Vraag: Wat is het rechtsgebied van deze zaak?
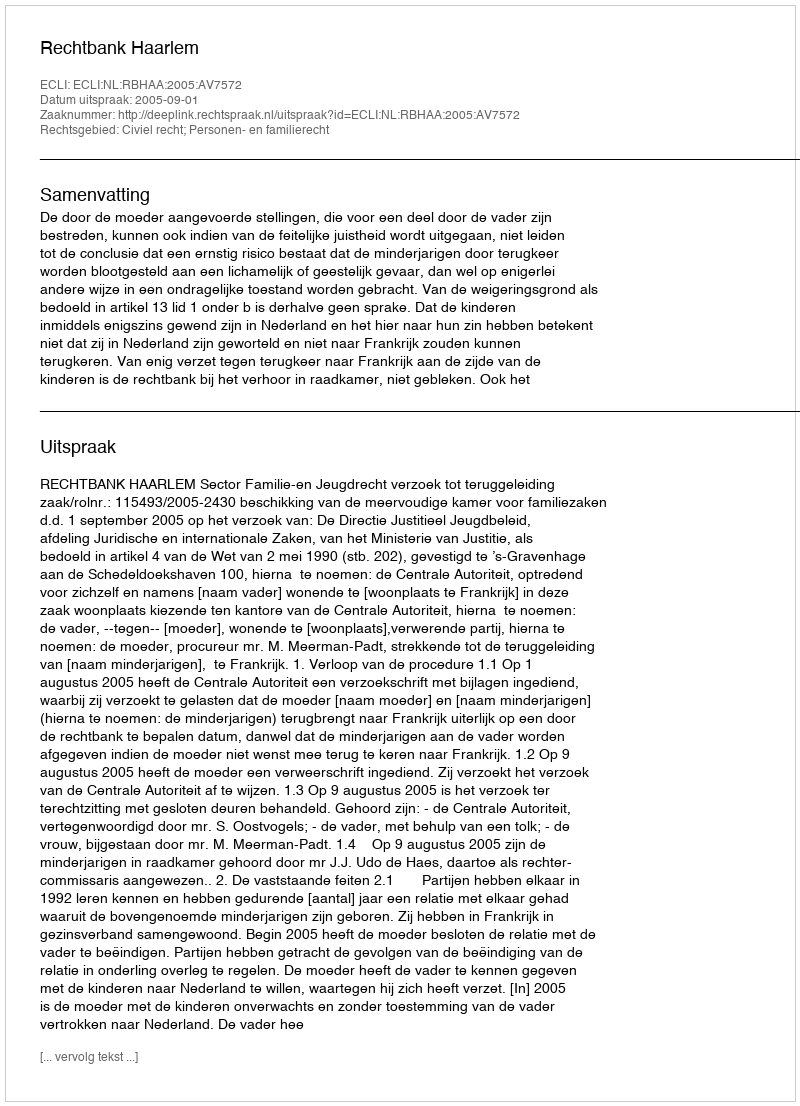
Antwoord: Civiel recht; Personen- en familierecht